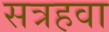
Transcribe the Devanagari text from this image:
सत्रहवा